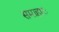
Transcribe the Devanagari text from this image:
समाहारः